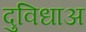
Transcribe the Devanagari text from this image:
दुविधाअ